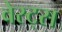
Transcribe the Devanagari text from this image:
वेस्ट्स